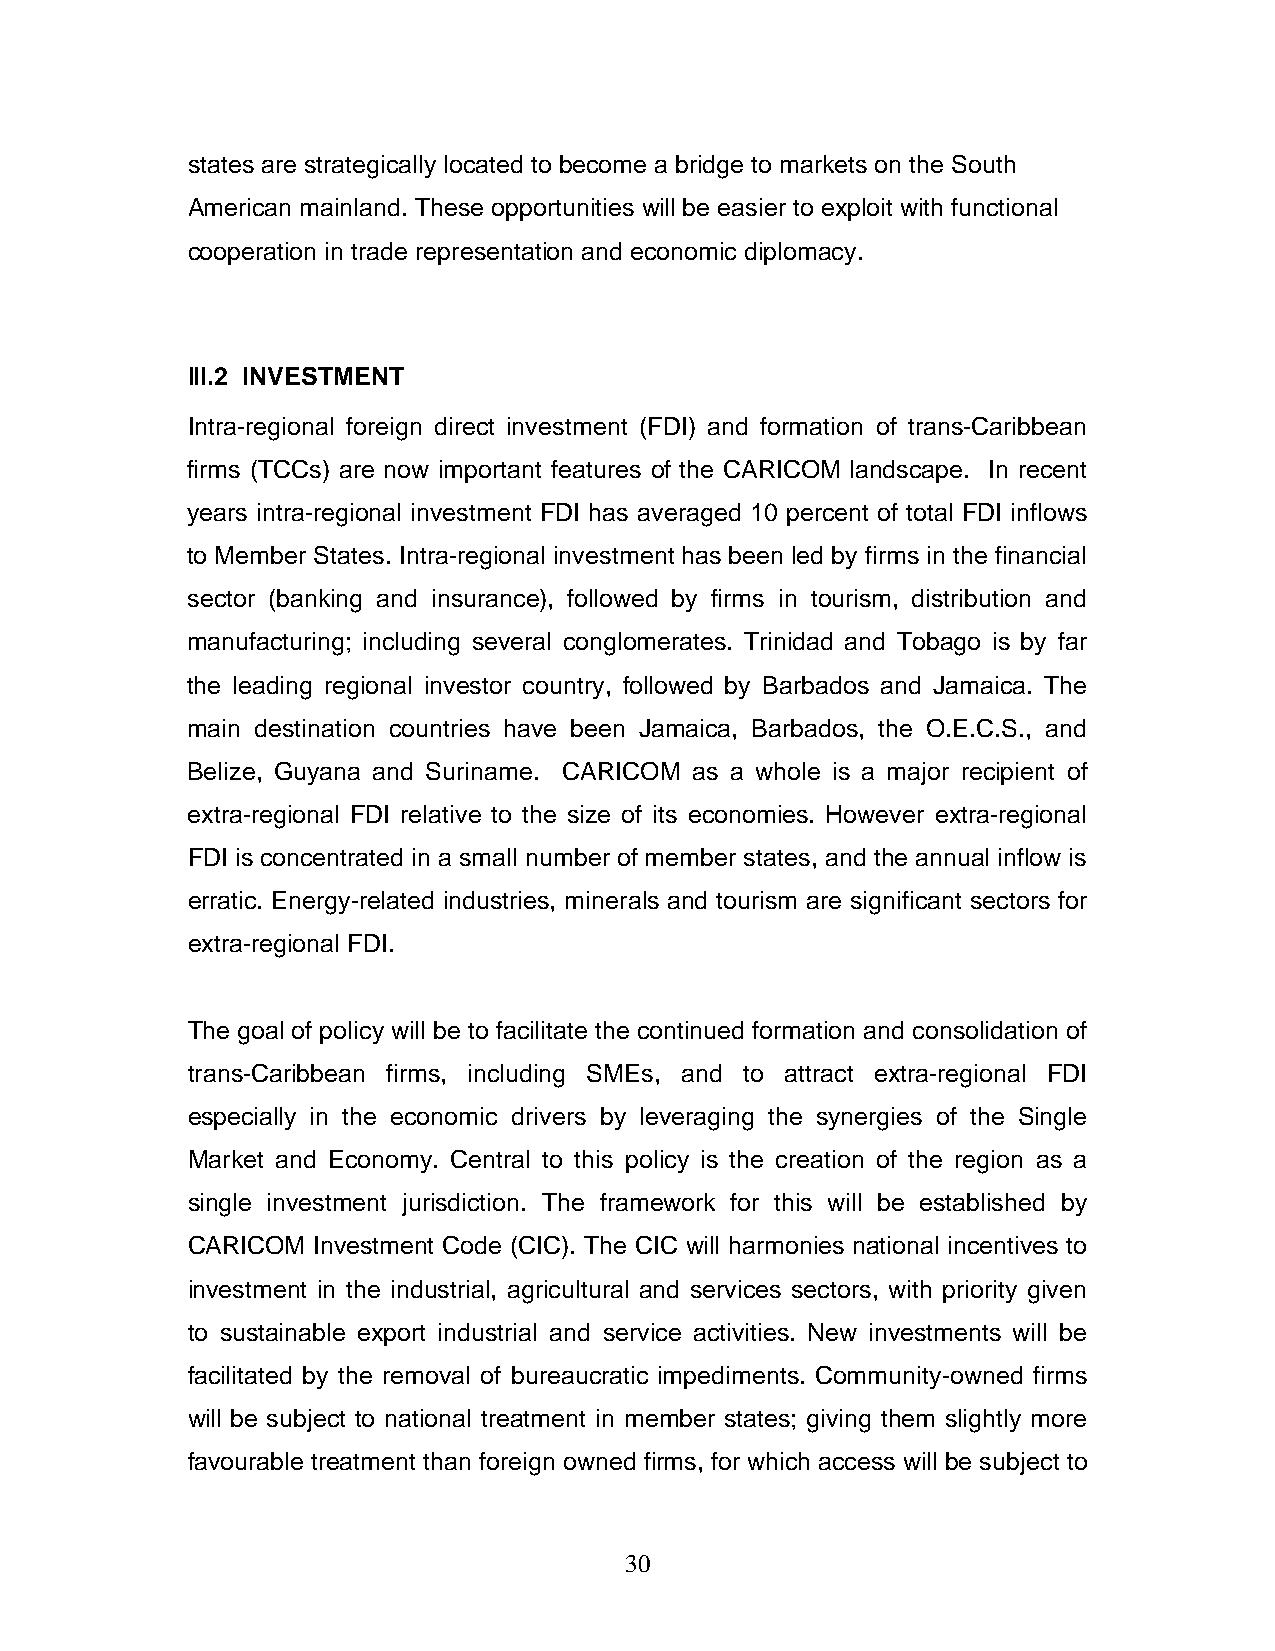
states are strategically located to become a bridge to markets on the South
 American mainland. These opportunities will be easier to exploit with functional
 cooperation in trade representation and economic diplomacy.
 III.2 INVESTMENT
 Intra-regional foreign direct investment (FDI) and formation of trans-Caribbean
 firms (TCCs) are now important features of the CARICOM landscape. In recent
 years intra-regional investment FDI has averaged 10 percent of total FDI inflows
 to Member States. Intra-regional investment has been led by firms in the financial
 sector (banking and insurance), followed by firms in tourism, distribution and
 manufacturing; including several conglomerates. Trinidad and Tobago is by far
 the leading regional investor country, followed by Barbados and Jamaica. The
 main destination countries have been Jamaica, Barbados, the O.E.C.S., and
 Belize, Guyana and Suriname. CARICOM as a whole is a major recipient of
 extra-regional FDI relative to the size of its economies. However extra-regional
 FDI is concentrated in a small number of member states, and the annual inflow is
 erratic. Energy-related industries, minerals and tourism are significant sectors for
 extra-regional FDI.
 The goal of policy will be to facilitate the continued formation and consolidation of
 trans-Caribbean firms, including SMEs, and to attract extra-regional FDI
 especially in the economic drivers by leveraging the synergies of the Single
 Market and Economy. Central to this policy is the creation of the region as a
 single investment jurisdiction. The framework for this will be established by
 CARICOM  Investment Code (CIC). The CIC will harmonies national incentives to
 investment in the industrial, agricultural and services sectors, with priority given
 to sustainable export industrial and service activities. New investments will be
 facilitated by the removal of bureaucratic impediments. Community-owned firms
 will be subject to national treatment in member states; giving them slightly more
 favourable treatment than foreign owned firms, for which access will be subject to
 30